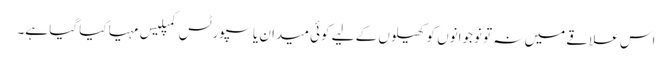
اس علاقے میں نہ تو نوجوانوں کو کھیلوں کے لیے کوئی میدان یا سپورٹس کمپلیس مہیا کیا گیا ہے۔